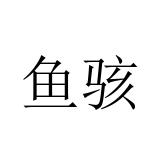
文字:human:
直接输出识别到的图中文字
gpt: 鱼骇